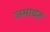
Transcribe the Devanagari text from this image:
जमायत